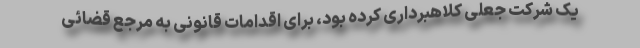
یک شرکت جعلی کلاهبرداری کرده بود، برای اقدامات قانونی به مرجع قضائی